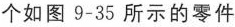
个如图9-35所示的零件